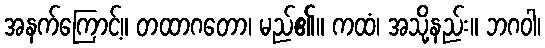
အနက်ကြောင့်။ တထာဂတော၊ မည်၏။ ကထံ၊ အသို့နည်း။ ဘဂဝါ၊